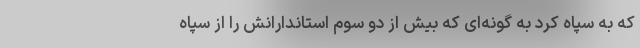
که به سپاه کرد به گونه‌ای که بیش از دو سوم استاندارانش را از سپاه